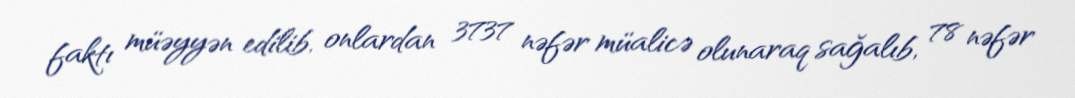
faktı müəyyən edilib, onlardan 3737 nəfər müalicə olunaraq sağalıb, 78 nəfər